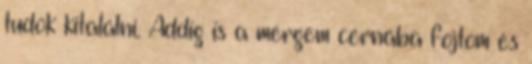
tudok kitalálni. Addig is a mérgem cérnába fojtom és